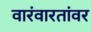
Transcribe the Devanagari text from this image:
वारंवारतांवर